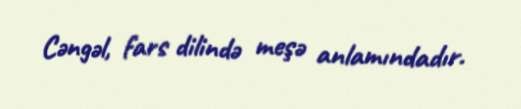
Cəngəl, fars dilində meşə anlamındadır.